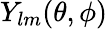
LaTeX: Y_{lm}(\theta,\phi)